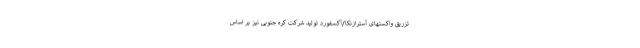
تزریق واکسنهای آسترازنکا/آکسفورد تولید شرکت کره جنوبی نیز بر اساس